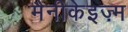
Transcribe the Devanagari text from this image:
मैनीकेइज़्म